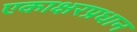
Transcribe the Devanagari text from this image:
एकाक्षरप्रधान